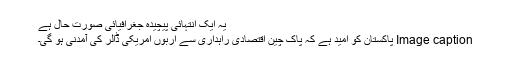
یہ ایک انتہائی پیچیدہ جغرافیائی صورت حال ہے
Image caption پاکستان کو امید ہے کہ پاک چین اقتصادی راہداری سے اربوں امریکی ڈالر کی آمدنی ہو گی۔